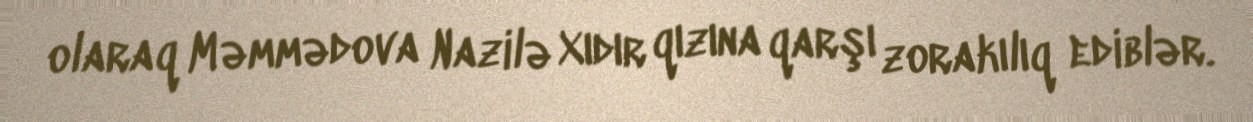
olaraq Məmmədova Nazilə Xıdır qızına qarşı zorakılıq ediblər.